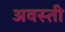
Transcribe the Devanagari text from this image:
अवस्ती